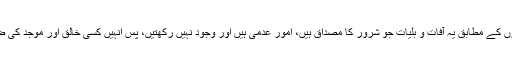
جواب: اسلامی فلسفہ دانوں نے اس کے دو طرح کے جواب دیے ہیں: اکثر فلسفہ دانوں کے مطابق یہ آفات و بلیات جو شرور کا مصداق ہیں، امور عدمی ہیں اور وجود نہیں رکھتیں، پس انہیں کسی خالق اور موجد کی ضرورت نہیں، کیونکہ خالق کی ضرورت اس شیء کو ہوتی ہے، جو خود موجود ہو۔